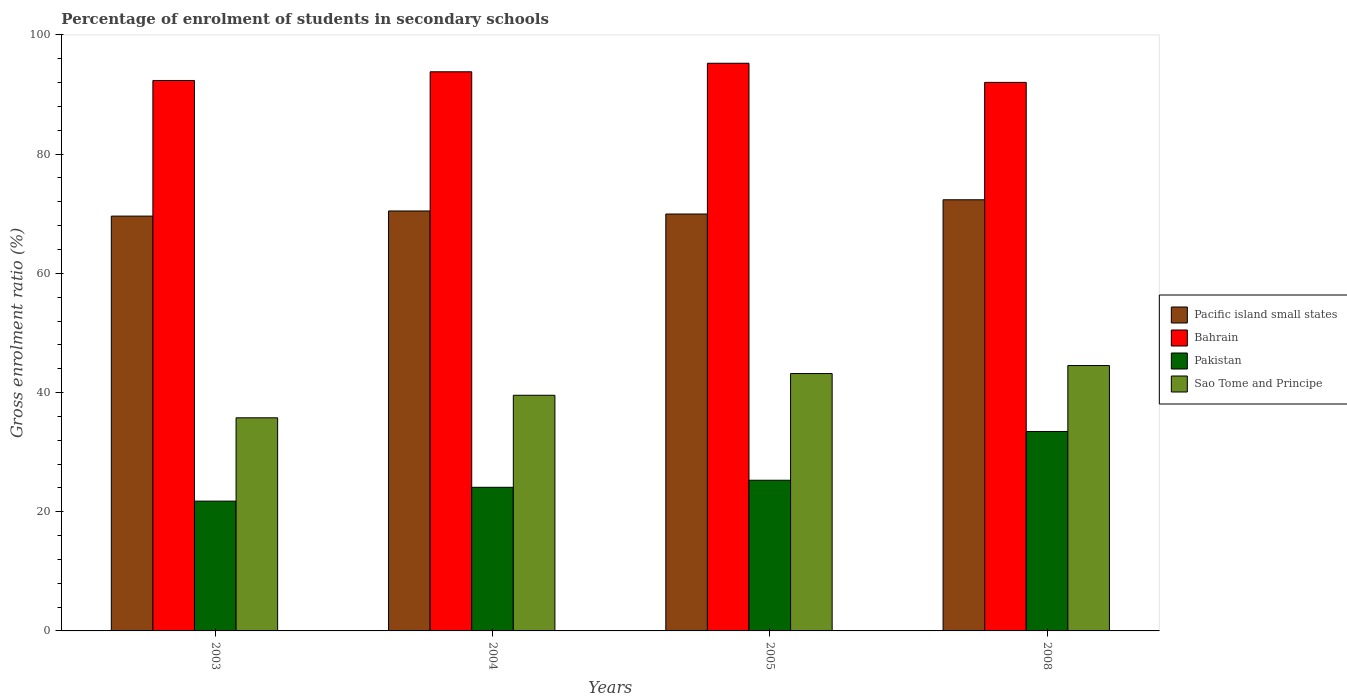
| Years | Pacific island small states | Bahrain | Pakistan | Sao Tome and Principe |
 | --- | --- | --- | --- | --- |
 | 2003 | 69.6 | 92.4 | 21.8 | 35.8 |
 | 2004 | 70.5 | 93.8 | 24.1 | 39.5 |
 | 2005 | 70 | 95.2 | 25.3 | 43.2 |
 | 2008 | 72.3 | 92 | 33.5 | 44.5 |